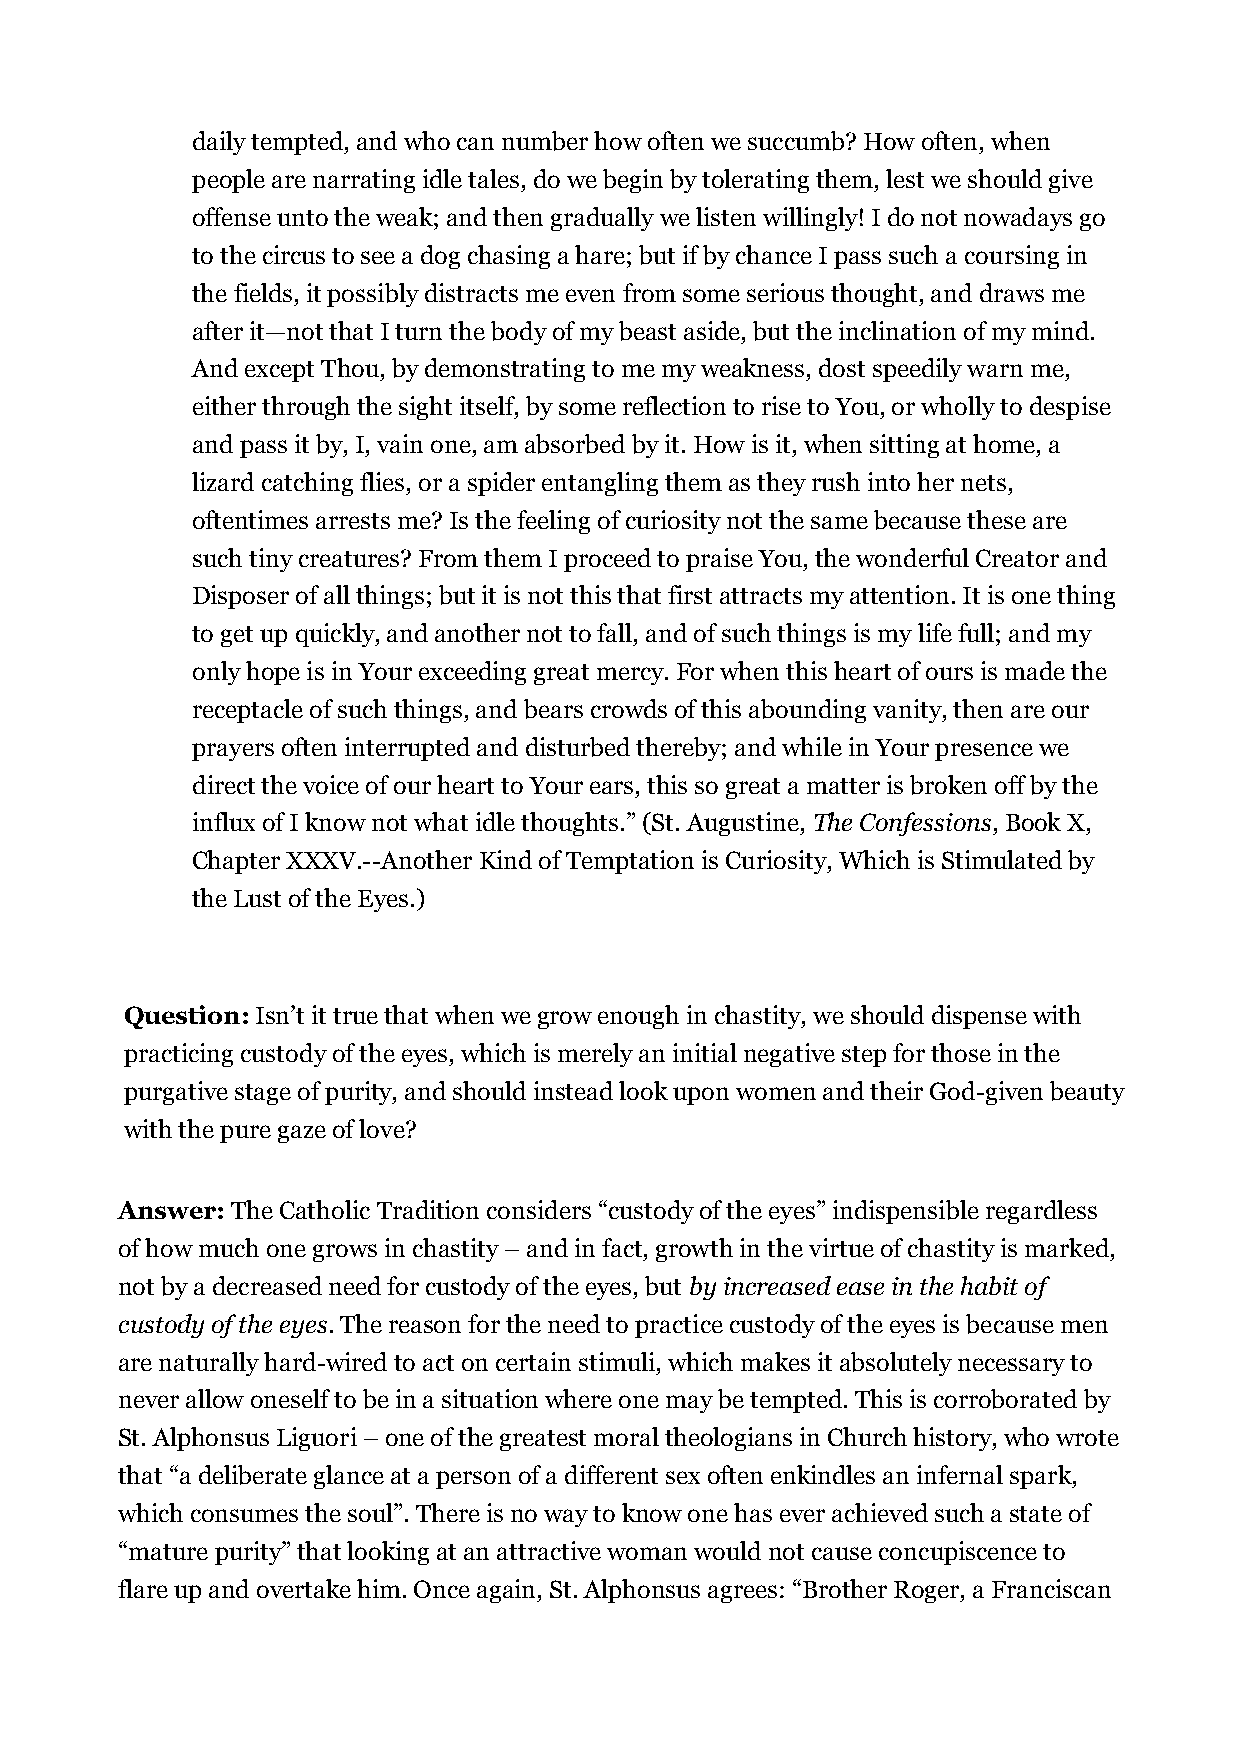
daily tempted, and who can number how often we succumb? How often, when
 people are narrating idle tales, do we begin by tolerating them, lest we should give
 offense unto the weak; and then gradually we listen willingly! I do not nowadays go
 to the circus to see a dog chasing a hare; but if by chance I pass such a coursing in
 the fields, it possibly distracts me even from some serious thought, and draws me
 after it—not that I turn the body of my beast aside, but the inclination of my mind.
 And except Thou, by demonstrating to me my weakness, dost speedily warn me,
 either through the sight itself, by some reflection to rise to You, or wholly to despise
 and pass it by, I, vain one, am absorbed by it. How is it, when sitting at home, a
 lizard catching flies, or a spider entangling them as they rush into her nets,
 oftentimes arrests me? Is the feeling of curiosity not the same because these are
 such tiny creatures? From them I proceed to praise You, the wonderful Creator and
 Disposer of all things; but it is not this that first attracts my attention. It is one thing
 to get up quickly, and another not to fall, and of such things is my life full; and my
 only hope is in Your exceeding great mercy. For when this heart of ours is made the
 receptacle of such things, and bears crowds of this abounding vanity, then are our
 prayers often interrupted and disturbed thereby; and while in Your presence we
 direct the voice of our heart to Your ears, this so great a matter is broken off by the
 influx of I know not what idle thoughts.” (St. Augustine, The Confessions, Book X,
 Chapter XXXV.--Another Kind of Temptation is Curiosity, Which is Stimulated by
 the Lust of the Eyes.)
 Question: Isn’t it true that when we grow enough in chastity, we should dispense with
 practicing custody of the eyes, which is merely an initial negative step for those in the
 purgative stage of purity, and should instead look upon women and their God-given beauty
 with the pure gaze of love?
 Answer: The Catholic Tradition considers “custody of the eyes” indispensible regardless
 of how much one grows in chastity – and in fact, growth in the virtue of chastity is marked,
 not by a decreased need for custody of the eyes, but by increased ease in the habit of
 custody of the eyes. The reason for the need to practice custody of the eyes is because men
 are naturally hard-wired to act on certain stimuli, which makes it absolutely necessary to
 never allow oneself to be in a situation where one may be tempted. This is corroborated by
 St. Alphonsus Liguori – one of the greatest moral theologians in Church history, who wrote
 that “a deliberate glance at a person of a different sex often enkindles an infernal spark,
 which consumes the soul”. There is no way to know one has ever achieved such a state of
 “mature purity” that looking at an attractive woman would not cause concupiscence to
 flare up and overtake him. Once again, St. Alphonsus agrees: “Brother Roger, a Franciscan